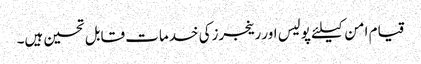
قیام امن کیلئے پولیس اور رینجرزکی خدمات قابل تحسین ہیں۔